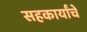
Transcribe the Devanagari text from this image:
सहकार्यांचे